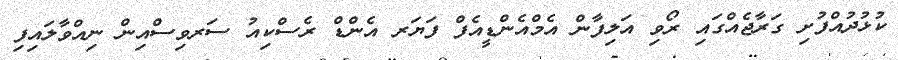
ކުޅުދުއްފުށި ގަރާޖެއްގައި ރޯވި އަލިފާން އެމްއެންޑީއެފް ފަޔަރ އެންޑް ރެސްކިއު ސަރވިސްއިން ނިއްވާލައިފި